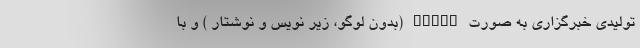
تولیدی خبرگزاری به صورت clean (بدون لوگو، زیر نویس و نوشتار ) و با